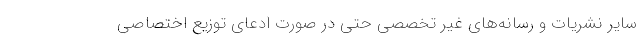
سایر نشریات و رسانه‌های غیر تخصصی حتی در صورت ادعای توزیع اختصاصی